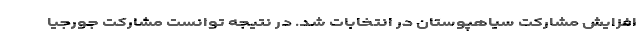
افزایش مشارکت سیاهپوستان در انتخابات شد. در نتیجه توانست مشارکت جورجیا